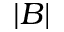
| B |